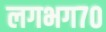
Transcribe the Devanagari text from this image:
लगभग७०